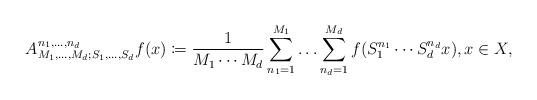
LaTeX: \begin{align*}A_{M_1,\ldots, M_d;S_1,\ldots,S_d}^{n_1,\ldots, n_d}f(x)\coloneqq \frac{1}{M_1\cdots M_d} \sum_{n_1=1}^{M_1} \ldots \sum_{n_d=1}^{M_d} f(S_1^{n_1}\cdots S_d^{n_d}x), x \in X, \end{align*}